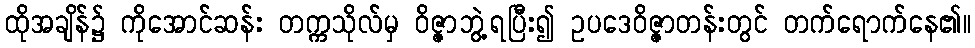
ထိုအချိန်၌ ကိုအောင်ဆန်း တက္ကသိုလ်မှ ဝိဇ္ဇာဘွဲ့ရပြီး၍ ဥပဒေဝိဇ္ဇာတန်းတွင် တက်ရောက်နေ၏။